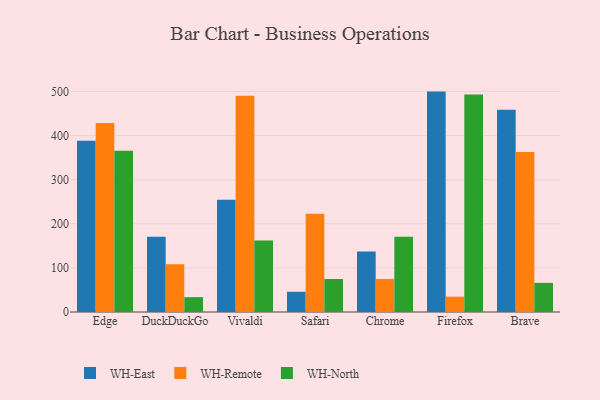
{"axis": {"x": "Browser", "y": "Latency (ms)"}, "legend": ["WH-East", "WH-North", "WH-Remote"], "data": [{"x": "Edge", "y": 388.0, "type": "WH-East"}, {"x": "Edge", "y": 428.7, "type": "WH-Remote"}, {"x": "Edge", "y": 365.4, "type": "WH-North"}, {"x": "DuckDuckGo", "y": 170.4, "type": "WH-East"}, {"x": "DuckDuckGo", "y": 108.2, "type": "WH-Remote"}, {"x": "DuckDuckGo", "y": 33.7, "type": "WH-North"}, {"x": "Vivaldi", "y": 254.7, "type": "WH-East"}, {"x": "Vivaldi", "y": 490.4, "type": "WH-Remote"}, {"x": "Vivaldi", "y": 162.0, "type": "WH-North"}, {"x": "Safari", "y": 45.9, "type": "WH-East"}, {"x": "Safari", "y": 222.6, "type": "WH-Remote"}, {"x": "Safari", "y": 74.8, "type": "WH-North"}, {"x": "Chrome", "y": 137.1, "type": "WH-East"}, {"x": "Chrome", "y": 74.8, "type": "WH-Remote"}, {"x": "Chrome", "y": 170.7, "type": "WH-North"}, {"x": "Firefox", "y": 499.6, "type": "WH-East"}, {"x": "Firefox", "y": 34.8, "type": "WH-Remote"}, {"x": "Firefox", "y": 492.9, "type": "WH-North"}, {"x": "Brave", "y": 458.5, "type": "WH-East"}, {"x": "Brave", "y": 362.5, "type": "WH-Remote"}, {"x": "Brave", "y": 66.0, "type": "WH-North"}]}